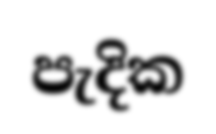
පැදික